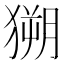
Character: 𱮗